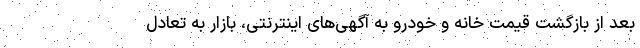
بعد از بازگشت قیمت خانه و خودرو به آگهی‌های اینترنتی، بازار به تعادل